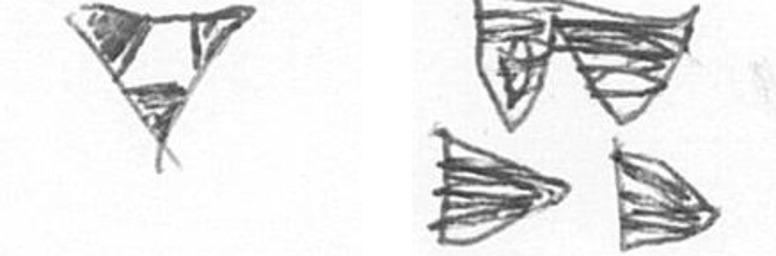
S B